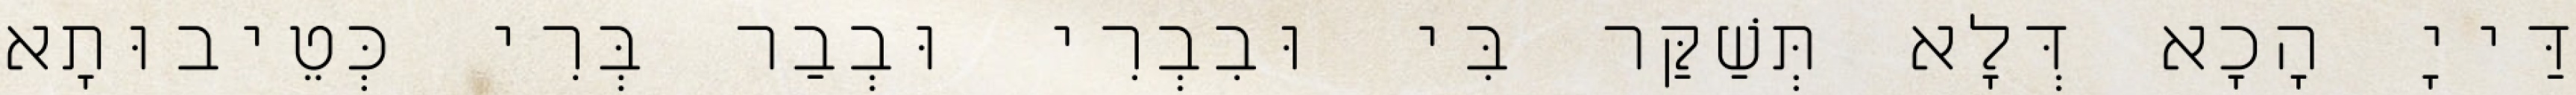
דַּייָ הָכָא דְּלָא תְּשַׁקַּר בִּי וּבִבְרִי וּבְבַר בְּרִי כְּטֵיבוּתָא